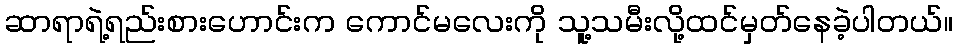
ဆာရာရဲ့ရည်းစားဟောင်းက ကောင်မလေးကို သူ့သမီးလို့ထင်မှတ်နေခဲ့ပါတယ်။